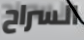
السراح